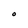
Character: O